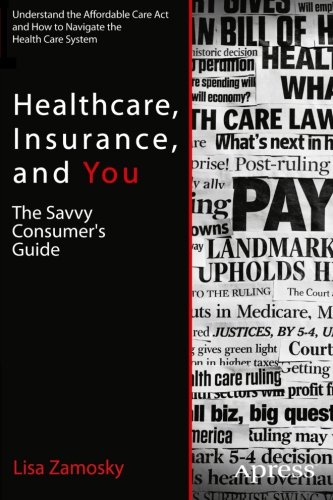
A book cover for Healthcare, Insurance, and You: The Savvy Consumer's Guide; Lisa Zamosky; Medical Books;